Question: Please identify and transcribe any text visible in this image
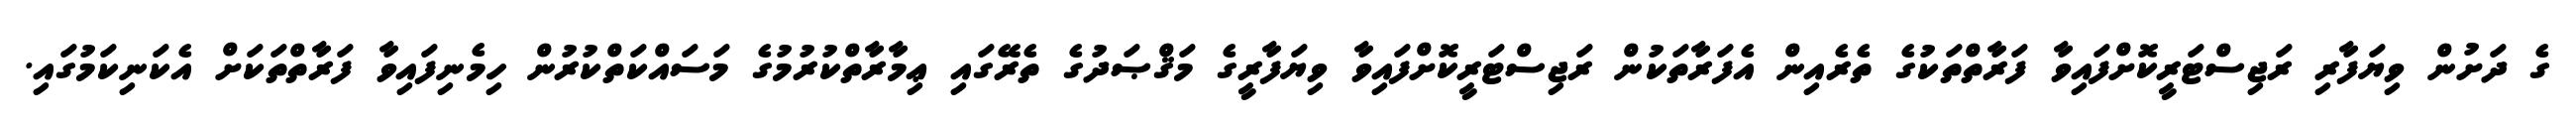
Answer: ގެ ދަށުން ވިޔަފާރި ރަޖިސްޓަރީކޮށްފައިވާ ފަރާތްތަކުގެ ތެރެއިން އެފަރާތަކުން ރަޖިސްޓަރީކޮށްފައިވާ ވިޔަފާރީގެ މަޤްޞަދުގެ ތެރޭގައި ޢިމާރާތްކުރުމުގެ މަސައްކަތްކުރުން ހިމެނިފައިވާ ފަރާތްތަކަށް އެކަނިކަމުގައި.